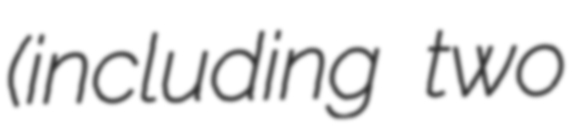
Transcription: (including two